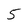
Character: 5